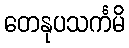
တေနုပသင်္ကမိ